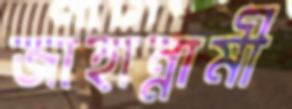
জাহান্নামী